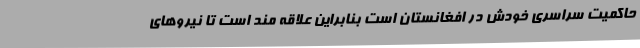
حاکمیت سراسری خودش در افغانستان است بنابراین علاقه مند است تا نیروهای